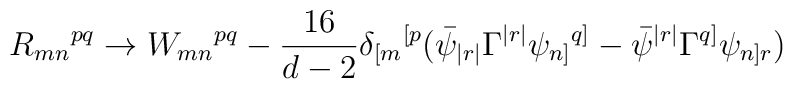
R_{mn}{}^{pq} \rightarrow W_{mn}{}^{pq} - \frac{16}{d-2}\delta_{[m}{}^{[p}(\bar\psi_{|r|}\Gamma^{|r|}\psi_{n]}{}^{q]}- \bar\psi^{|r|}\Gamma^{q]}\psi_{n]r})